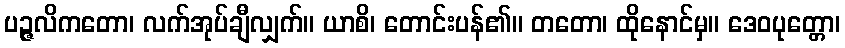
ပဉ္ဇလိကတော၊ လက်အုပ်ချီလျှက်။ ယာစိ၊ တောင်းပန်၏။ တတော၊ ထိုနောင်မှ။ ဒေဝပုတ္တော၊